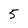
Character: 5